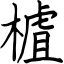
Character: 樝